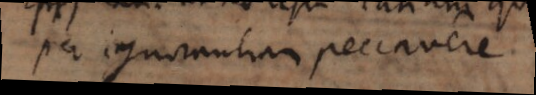
per ignorantiam peccavere.